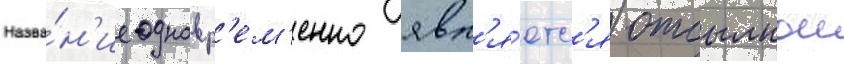
Назва́н'ие одновр'ем'енно явл'я́етс'я отсылкои